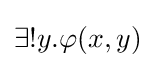
\exists !y.\varphi (x,y)